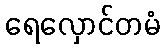
ရေလှောင်တမံ